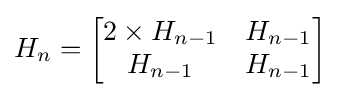
H_{n}={\begin{bmatrix}2\times H_{n-1}&H_{n-1}\\H_{n-1}&H_{n-1}\end{bmatrix}}